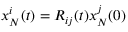
x _ { N } ^ { i } ( t ) = R _ { i j } ( t ) x _ { N } ^ { j } ( 0 )